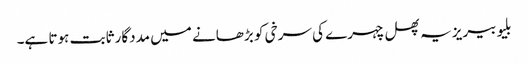
بلیو بیریز یہ پھل چہرے کی سرخی کو بڑھانے میں مددگار ثابت ہوتا ہے۔